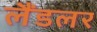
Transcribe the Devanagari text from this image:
लैंडलर